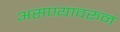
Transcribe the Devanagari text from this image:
असण्यावरून